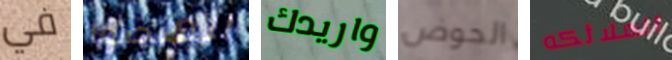
في انهضوا واريدك الحوض الملائكه